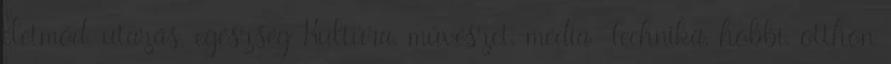
életmód, utazás, egészség Kultúra, művészet, média Technika, hobbi, otthon